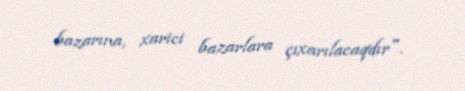
bazarına, xarici bazarlara çıxarılacaqdır".